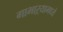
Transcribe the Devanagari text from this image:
गाभाऱ्यामध्ये